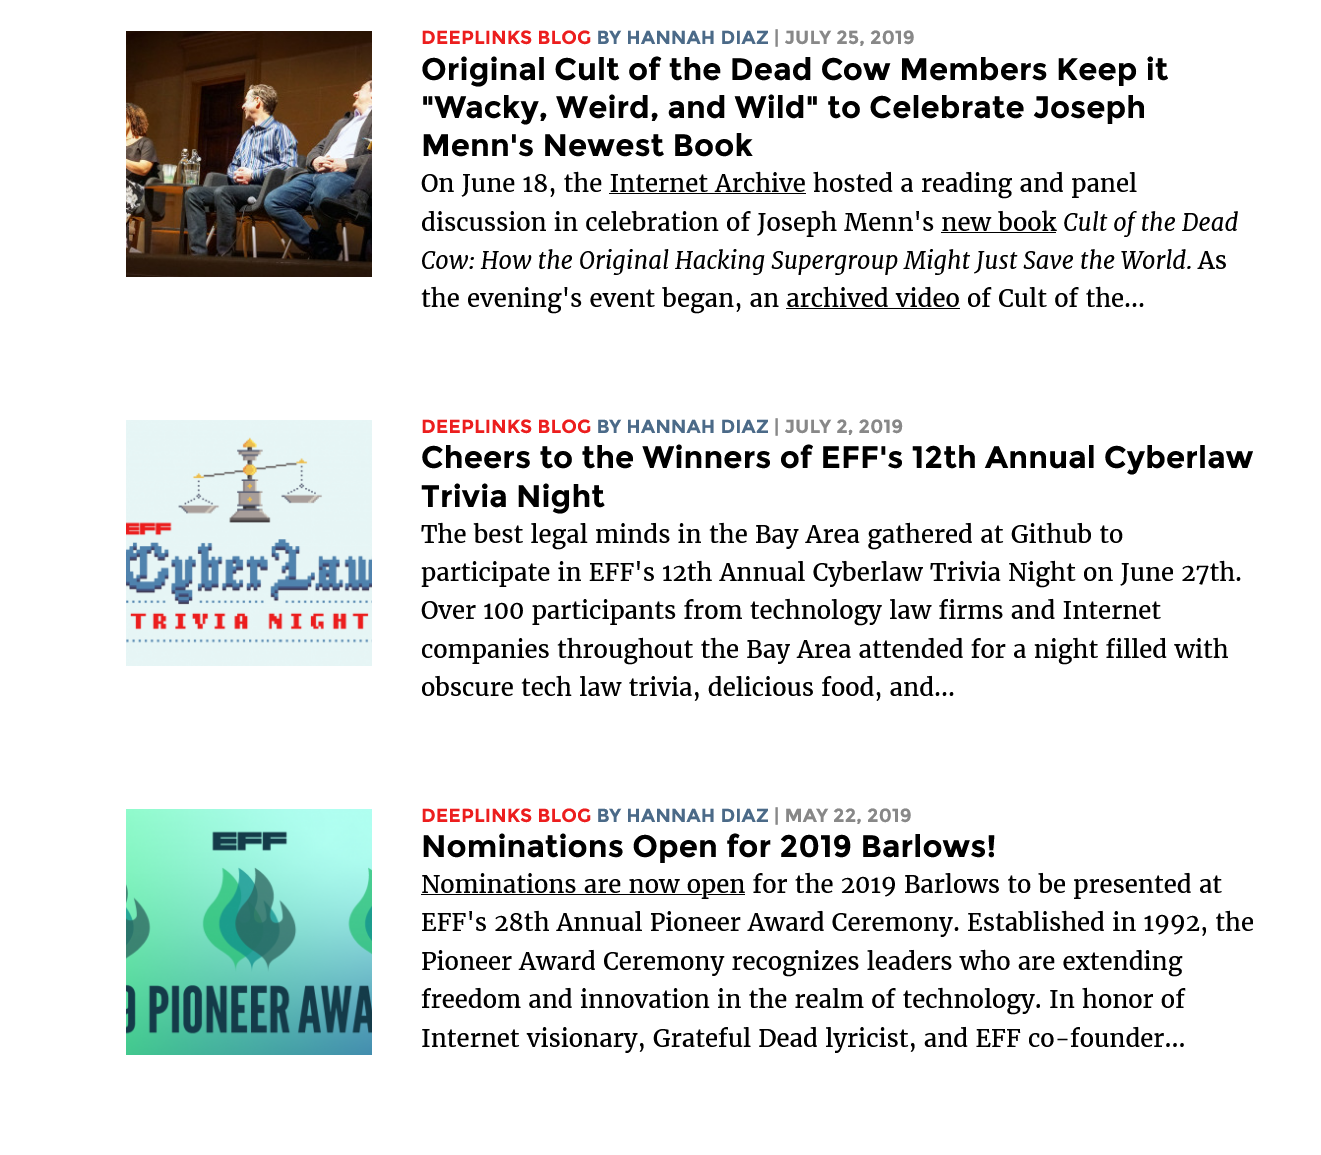
DEEPLINKS BLOG BY HANNAH DIAZ | JULY 25, 2019
     Original  Cult  of the Dead   Cow   Members    Keep it
     "Wacky,  Weird,   and Wild"  to Celebrate   Joseph
     Menn's  Newest    Book
     On June 18, the Internet Archive hosted a reading and panel
     discussion in celebration of Joseph Menn's new book Cult of the Dead
     Cow: How the Original Hacking Supergroup Might Just Save the World. As
     the evening's event began, an archived video of Cult of the...
     CyberLan
     TRIVIA    NIGHT
     DEEPLINKS BLOG BY HANNAH DIAZ | JULY 2, 2019
     Cheers   to the  Winners of   EFF's 12th  Annual   Cyberlaw
     Trivia  Night
     The best legal minds in the Bay Area gathered at Github to
     participate in EFF's 12th Annual Cyberlaw Trivia Night on June 27th.
     Over 100 participants from technology law firms and Internet
     companies throughout the Bay Area attended for a night filled with
     obscure tech law trivia, delicious food, and...
     DEEPLINKS BLOG BY HANNAH DIAZ | MAY 22, 2019
     Nominations    Open for   2019  Barlows!
     Nominations are now open for the 2019 Barlows to be presented at
     EFF's 28th Annual Pioneer Award Ceremony. Established in 1992, the
     Pioneer Award Ceremony recognizes leaders who are extending
     freedom and innovation in the realm of technology. In honor of
     Internet visionary, Grateful Dead lyricist, and EFF co-founder...
     »    @
     PIONEER    AWE